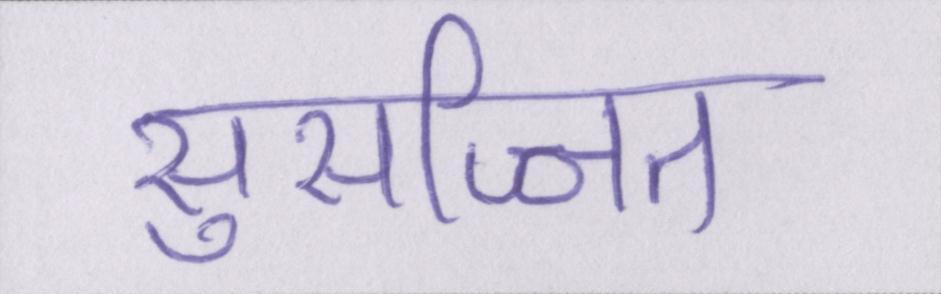
सुसज्जित